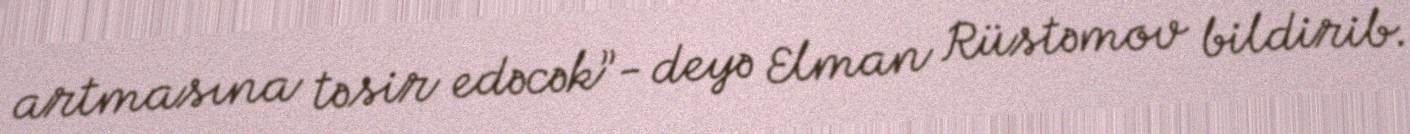
artmasına təsir edəcək”- deyə Elman Rüstəmov bildirib.